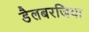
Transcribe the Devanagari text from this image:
डैलबरजिया